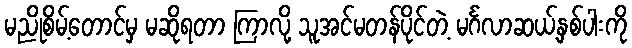
မညိုစိမ့်တောင်မှ မဆိုရတာ ကြာလို့ သူအင်မတန်ပိုင်တဲ့ မင်္ဂလာဆယ့်နှစ်ပါးကို